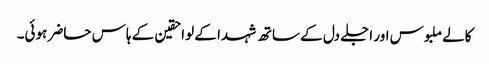
کالے ملبوس اور اجلے دل کے ساتھ شہدا کے لواحقین کے ہاس حاضر ہوئی۔